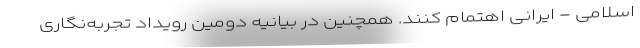
اسلامی - ایرانی اهتمام کنند. همچنین در بیانیه دومین رویداد تجربه‌نگاری